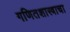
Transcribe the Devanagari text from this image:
गणितशास्त्राचा